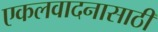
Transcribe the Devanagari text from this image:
एकलवादनासाठी